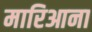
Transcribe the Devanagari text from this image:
मारिआना